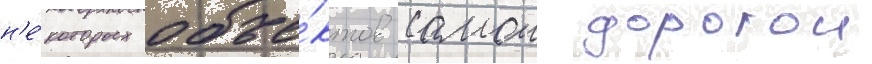
н'е́которых объе́ктов самои дорогои